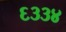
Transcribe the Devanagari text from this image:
६३३४